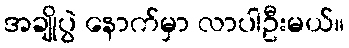
အချိုပွဲ နောက်မှာ လာပါဦးမယ်။